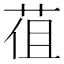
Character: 𦯣